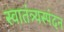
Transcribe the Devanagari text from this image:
स्वातंत्र्यस्पंदन